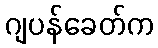
ဂျပန်ခေတ်က